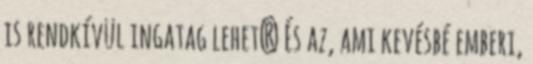
is rendkívül ingatag lehet? És az, ami kevésbé emberi,